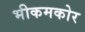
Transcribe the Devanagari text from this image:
भीकमकोर